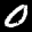
Label: 0